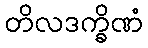
တိလဒက္ခိဏံ